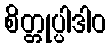
စိတ္တုပ္ပါဒါဝ